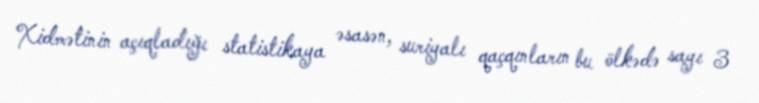
Xidmətinin açıqladığı statistikaya əsasən, suriyalı qaçqınların bu ölkədə sayı 3